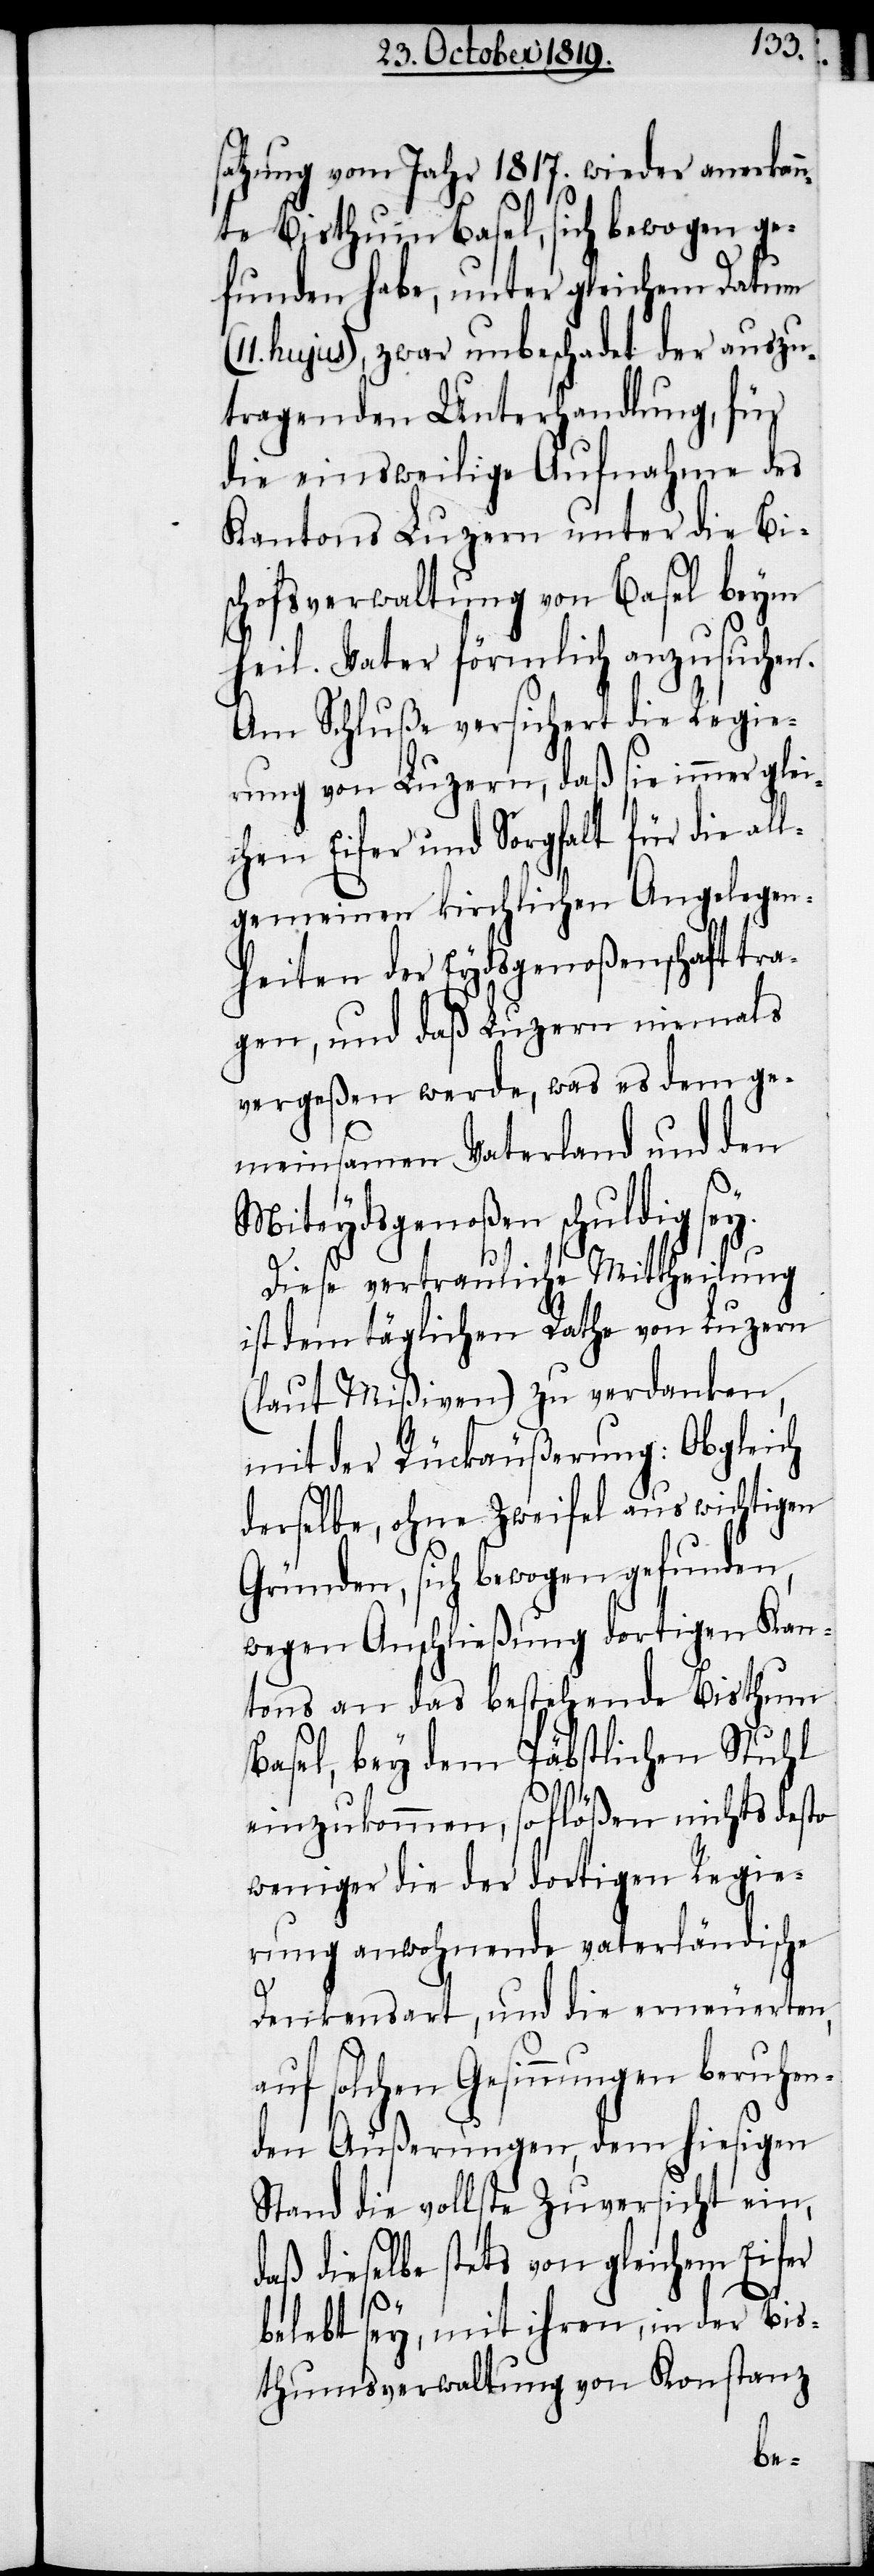
satzung vom Jahr 1817. wieder anerkan¬
nte Bisthum Basel, sich bewogen ge¬
funden habe, unter gleichem Datum
hujus), zwar unbeschadet der auszu¬
tragenden Unterhandlung, für
die einsweilige Aufnahme des
Kantons Luzern unter die Bi¬
schofsverwaltung von Basel beym
heil. Vater förmlich anzusuchen.
Am Schluße versichert die Regie¬
rung von Luzern, daß sie immer glei¬
chen Eifer und Sorgfalt für die all¬
gemeinen kirchlichen Angelegen¬
heiten der Eydsgenoßenschaft tra¬
gen, und daß Luzern niemals
vergeßen werde, was es dem ge¬
meinsamen Vaterland und den
Miteydsgenoßen schuldig sey.
Diese vertrauliche Mittheilung
ist dem täglichen Rathe von Luzern
(laut Mißiven) zu verdanken,
mit der Rückäußerung: Obgleich
derselbe, ohne Zweifel aus wichtigen
Gründen, sich bewogen gefunden,
wegen Anschließung dortigen Kan¬
tons an das bestehende Bisthum
Basel, bey dem Päbstlichen Stuhl
einzukommen, so flößen nichts desto
weniger die der dortigen Regie¬
rung anwohnende vaterländische
Denkensart, und die erneuerten,
auf solchen Gesinnungen beruhen¬
den Äußerungen, dem hiesigen
Stand die vollste Zuversicht ein,
daß dieselbe stets von gleichem Eifer
belegt sey, mit ihren, in der Bis¬
thumsverwaltung von Konstanz